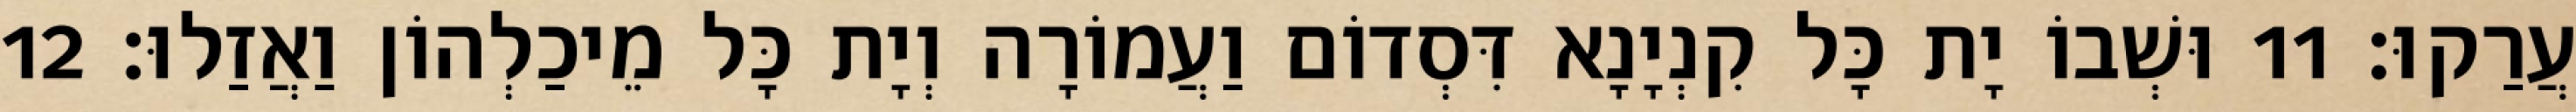
עֲרַקוּ׃ 11 וּשְׁבוֹ יָת כָּל קִנְיָנָא דִּסְדוֹם וַעֲמוֹרָה וְיָת כָּל מֵיכַלְהוֹן וַאֲזַלוּ׃ 12